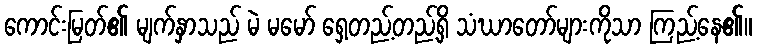
ကောင်းမြတ်၏ မျက်နှာသည် မဲ မမော် ရှေ့တည့်တည့်ရှိ သံဃာတော်များကိုသာ ကြည့်နေ၏။